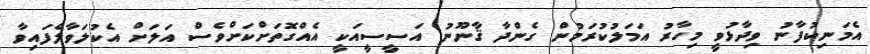
އެމަނިކުފާނު ވިދާޅުވީ މިހާރު އަމަލުކުރަމުން ގެންދާ ޤާނޫނު އަސީސީއަކީ އެއްގޮތަށްކަށްވެސް އަލަށް އެކުލަވާލެފައިވާ